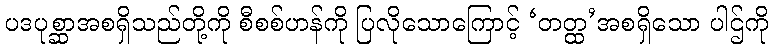
ပဒပုစ္ဆာအစရှိသည်တို့ကို စီစစ်ဟန်ကို ပြလိုသောကြောင့် ‘တတ္ထ’အစရှိသော ပါဌ်ကို